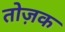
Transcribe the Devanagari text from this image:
तोज़क